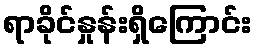
ရာခိုင်နှုန်းရှိကြောင်း